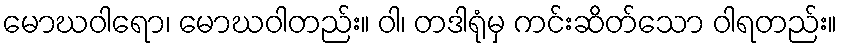
မောဃဝါရော၊ မောဃဝါတည်း။ ဝါ၊ တဒါရုံမှ ကင်းဆိတ်သော ဝါရတည်း။